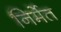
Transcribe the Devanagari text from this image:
निर्मेत